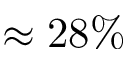
\approx 2 8 \%